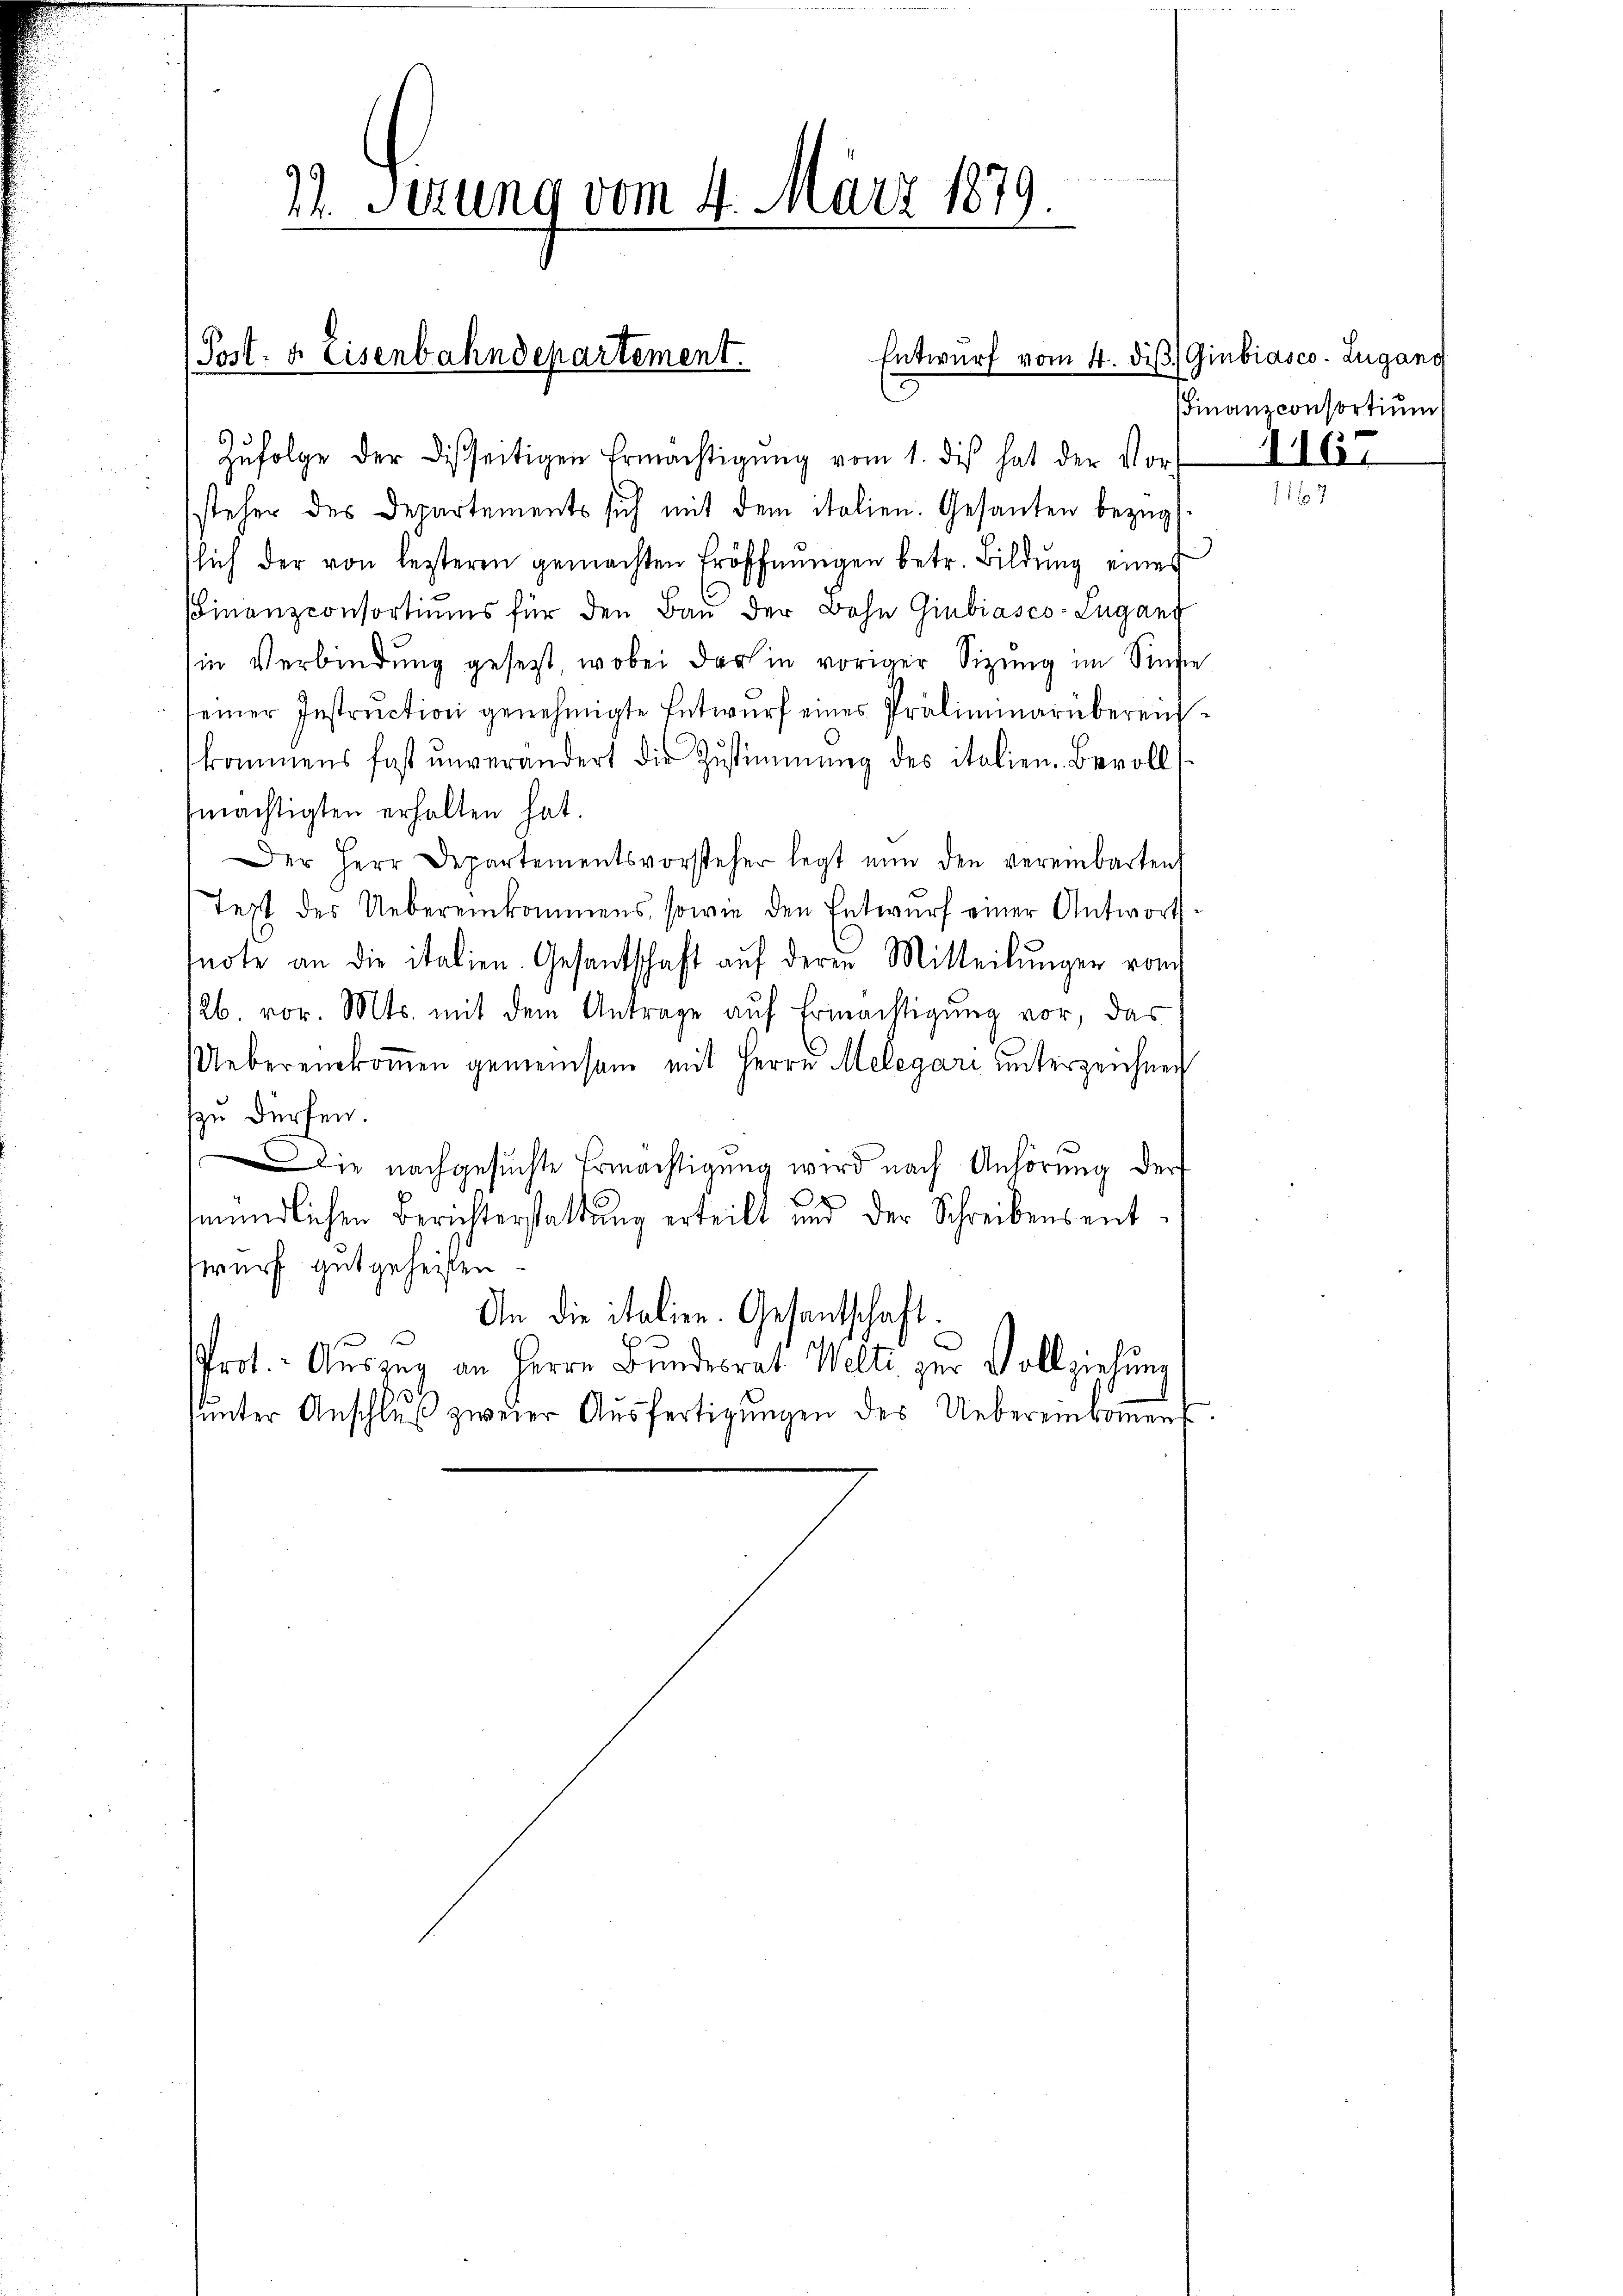
Post. v. Eisenbahndepartement.
Entwurf vom 14. diβ.
1

19
24. Sezung vom 4. März 1811.

Zŭfolge der Disseitigen Ermächtigŭng vom 1. dis hat der Vor-
steher des Departements sich mit dem italien. Gesanten bezug
sich der von lezteren gemachten Eröffnungen betr. Bildung eines
Finanzconsortiums für den Bau der Bohn Giubiasco-Lugand
in Verbindung gesetzt, wobei der in voriger Sizung im Singe
seiner Instruction genehmigte Entwurf eines Präliminarübereichkommens fast unverändert die Zustimmung des italien. Bevolls
mächtigten erhalten hat.
Der Herr Departementsvorsteher legt nŭn den vereinbarten
Text des Uebereinkommens, sowie den Entwurf einer Antwortsnote an die italien. Gesantschaft auf deren Mitteilungen vom
126 vor. Mts. mit dem Antrage auf Ermächtigung vor, das
Uebereinkoṁen gemeinsam mit Herrn Melegari unterzeichnen
zu dürfen.
Die nachgesuchte Ermächtigung wird nach Anhörung der
n
mündlichen Berichterstattung erteilt und der Schreibensentwurf gut geheißen.
An die italien. Gesantschaft.
Prot. Auszug an Herrn Bŭndesrat Welte Vollziehung
ŭnter Anschlŭβ zweier Aŭsfertigŭngen des Uebereinkommens

Giubiasco Lugang
Finanzconsortium
1167

1